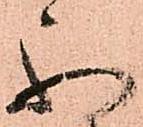
不